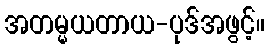
အတမ္မယတာယ-ပုဒ်အဖွင့်။